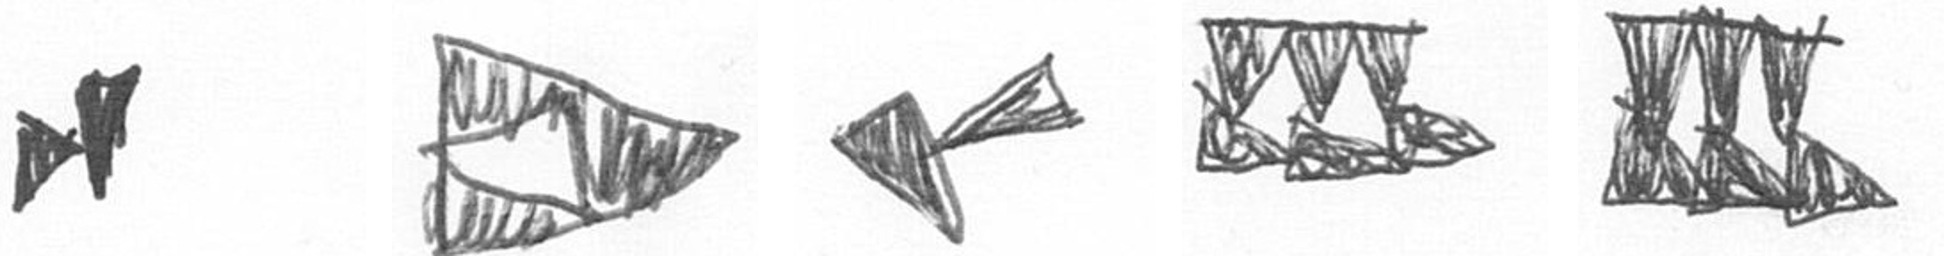
M K F D D